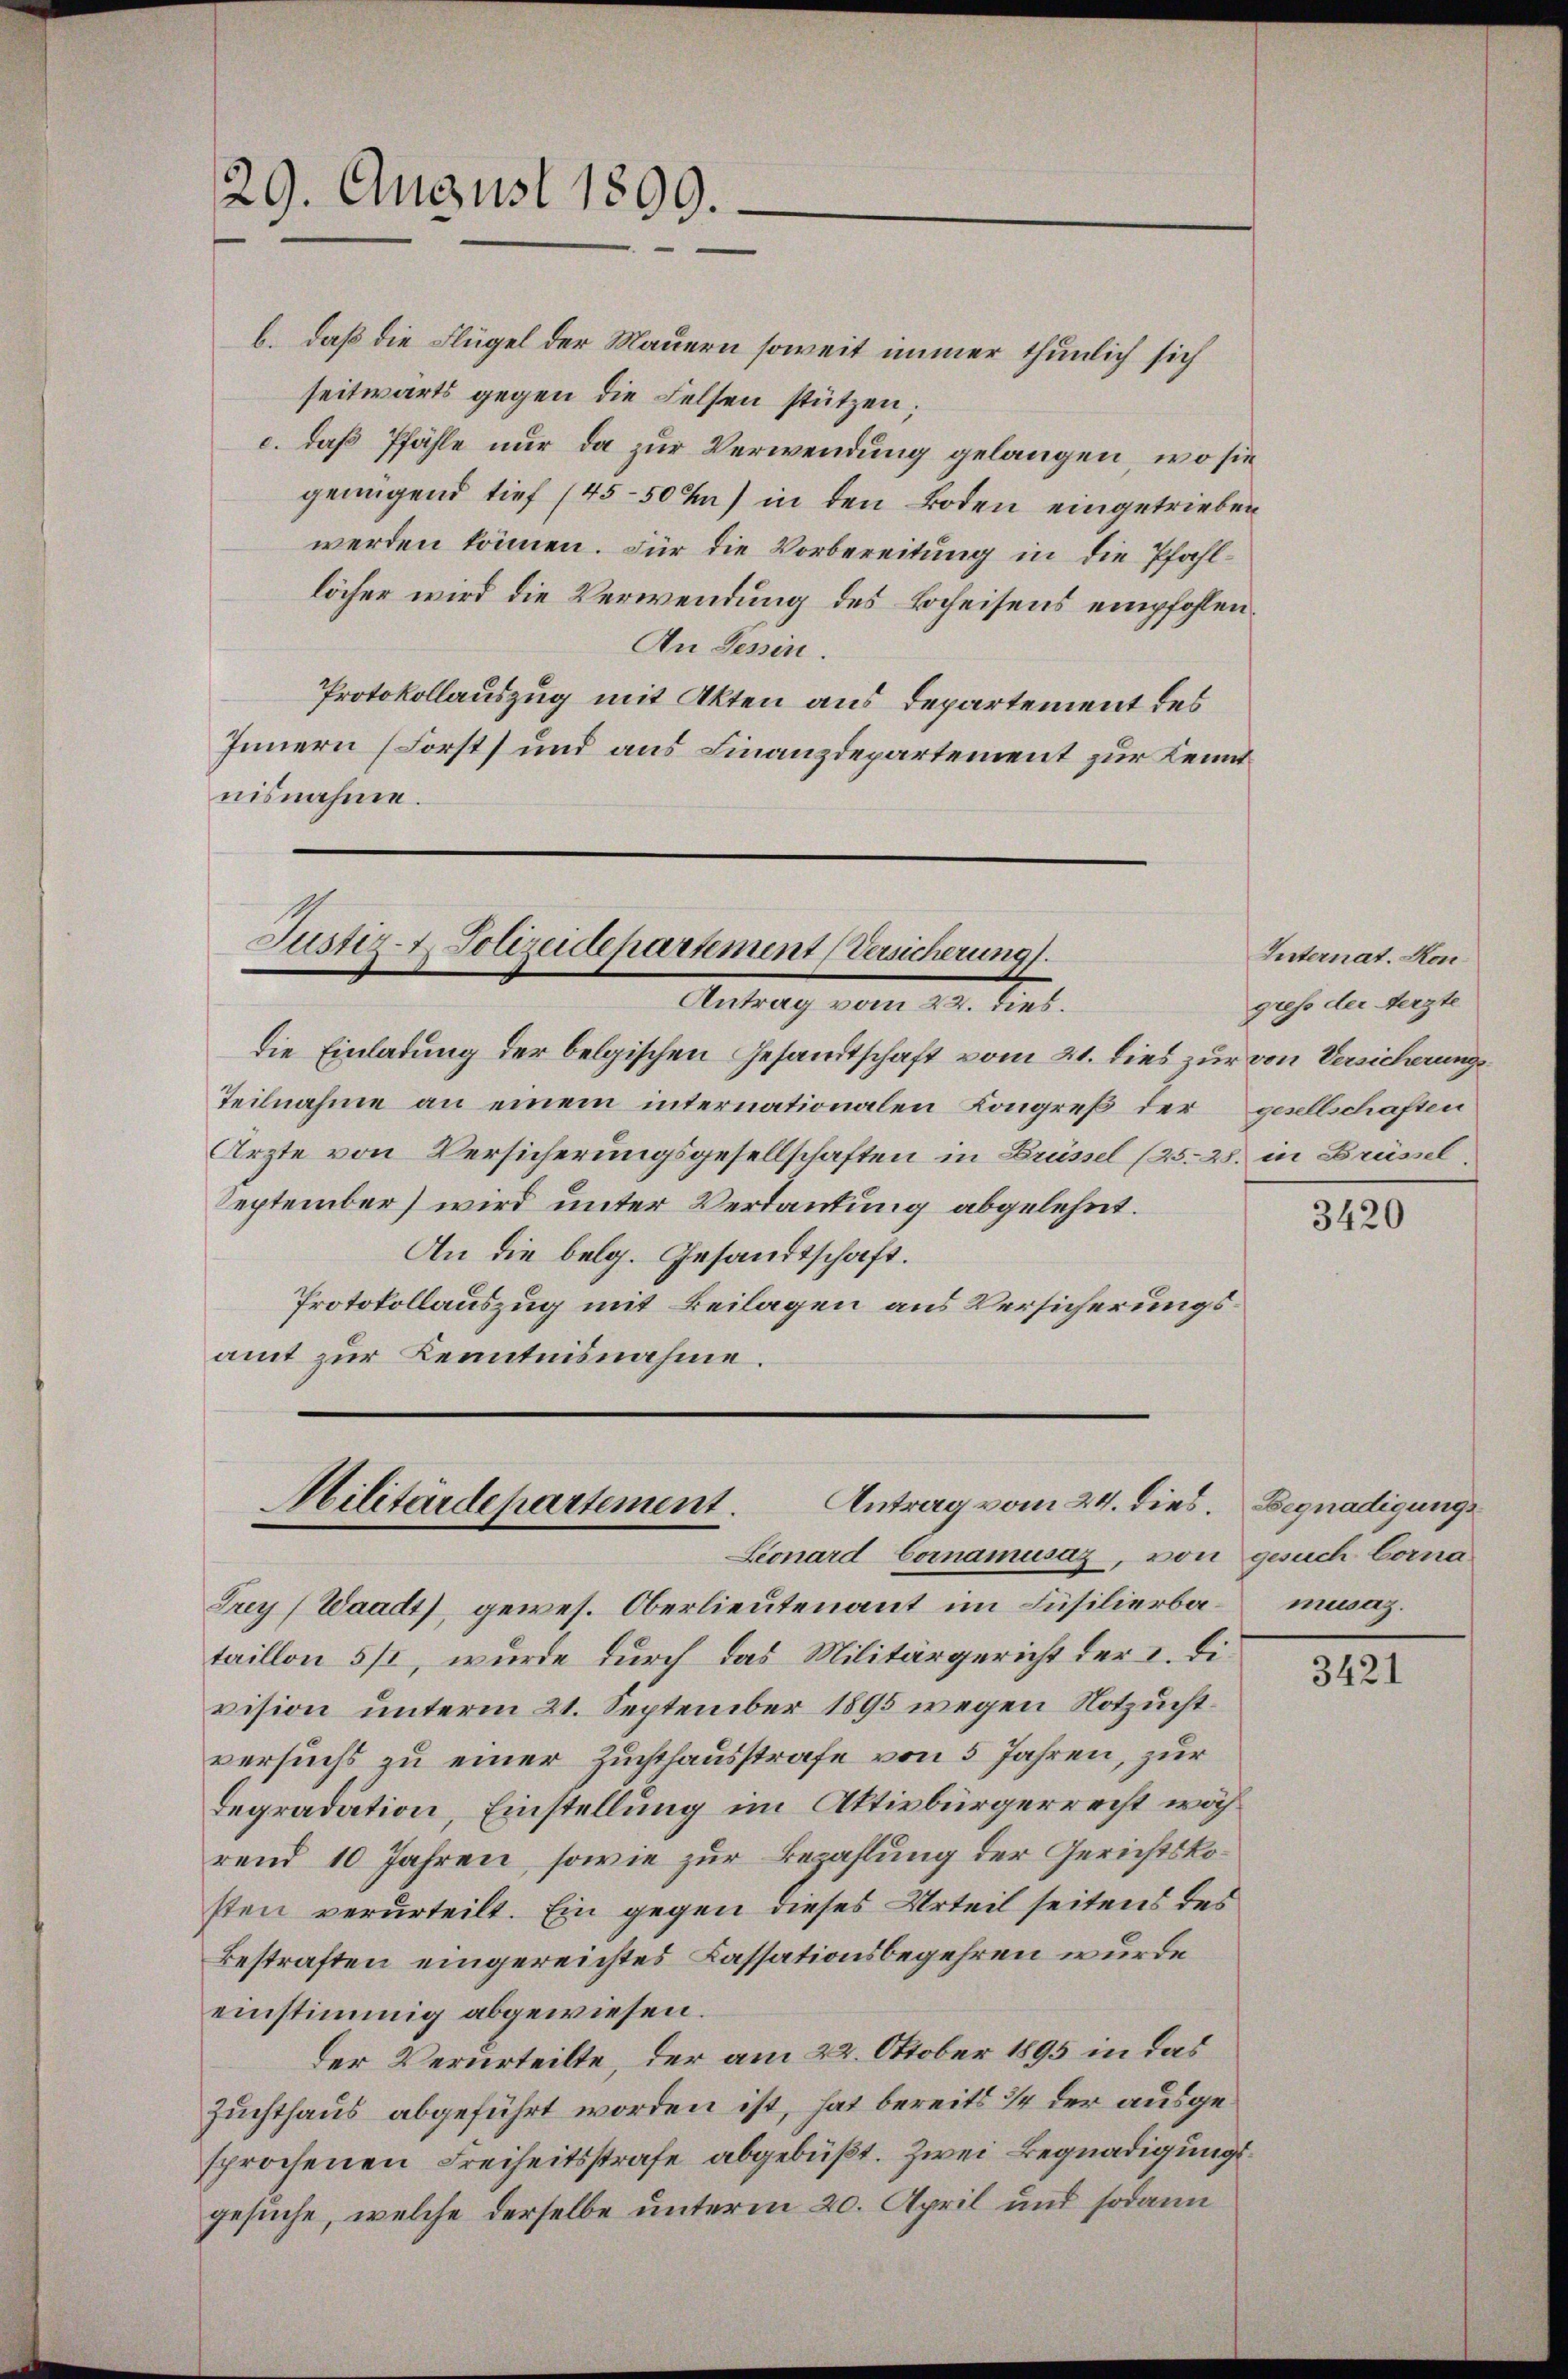
b. daß die Flügel der Mauern soweit immer thunlich sich
seitwärts gegen die Felsen stützen;
c. daß Pfähle nur da zur Verwendung gelangen, wo sie
genügend tief (45-50 x) in den Boden eingetrieben
werden können. Für die Vorbereitung in die Pfahllöcher wird die Verwendung des Beheisens empfohlen.
An Tessin.
Protokollauszug mit Akten aus Departement des
Innern (Forsts und aus Finanzdepartement zur Kennt
nisnahme.

29. August 1899.

die Einladung der belgischen Gesandtschaft vom 21. dies zur von Versicherungs¬
Teilnahme an einem internationalen Kongreß der gesellschaften
Ärzte von Versicherungsgesellschaften in Brüssel (25. 28. in Brüssel,
September) wird unter Verdautung abgelehnt.
An die belg. Gesandtschaft.
Protokollauszug mit Beilagen aus Versicherungsamt zur Kenntnisnahme.

Justiz- & Polizeidepartement (Versicherung.
Antrag vom 22. dies.

Antrag vom 24. dies. Begnadigungs
Militärdepartement.
Leonard Cornamusaz, von gesuch Corna

Frey (Waadt), gewes. Oberlieutenant im Füsilierbataillon 5/, wurde durch das Militärgericht der I. Division unterm 21. September 1895 wegen Notzuchtversuchs zu einer Zuchthausstrafe von 5 Jahren, zur
Legradation, Einstellung im Aktivbürgerrecht während 10 Jahren, sowie zur Bezahlung der Gerichtskosten verurteilt. Ein gegen dieses Urteil seitens des
Bestraften eingereichtes Cassationsbegehren wurde
einstimmig abgewiesen.
der Verurteilte, der am 22. Oktober 1895 in das
Zuchthaus abgeführt worden ist, hat bereits 34 der ausgesprochenen Freiheitsstrafe abgebüßt. Zwei Begnadigungsgesuche, welche derselbe unterm 20. April und sodann

Internat. Kon
gress der Aerzte

3420

musaz.

3421